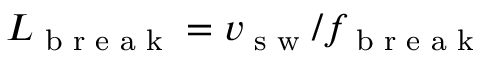
L _ { \textrm { b r e a k } } = v _ { \textrm { s w } } / f _ { \textrm { b r e a k } }